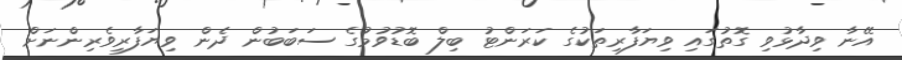
އޭނާ ވިދާޅުވި ގޮތުގައި ވިޔަފާރިތަކުގެ ކަރަންޓު ބިލް ބޮޑުވުމުގެ ސަބަބުން ދެން ވިޔަފާރިވެރިންނަށް